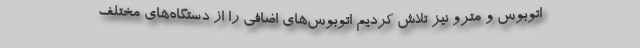
اتوبوس و مترو نیز تلاش کردیم اتوبوس‌های اضافی را از دستگاه‌های مختلف